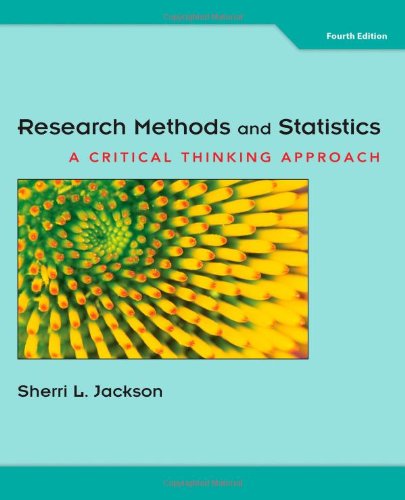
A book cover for Research Methods and Statistics: A Critical Thinking Approach; Sherri L. Jackson; Medical Books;